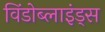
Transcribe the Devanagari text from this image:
विंडोब्लाइंड्स